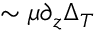
\sim \mu \partial _ { z } \Delta _ { T }